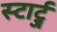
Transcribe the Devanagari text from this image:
स्टार्ट्ज